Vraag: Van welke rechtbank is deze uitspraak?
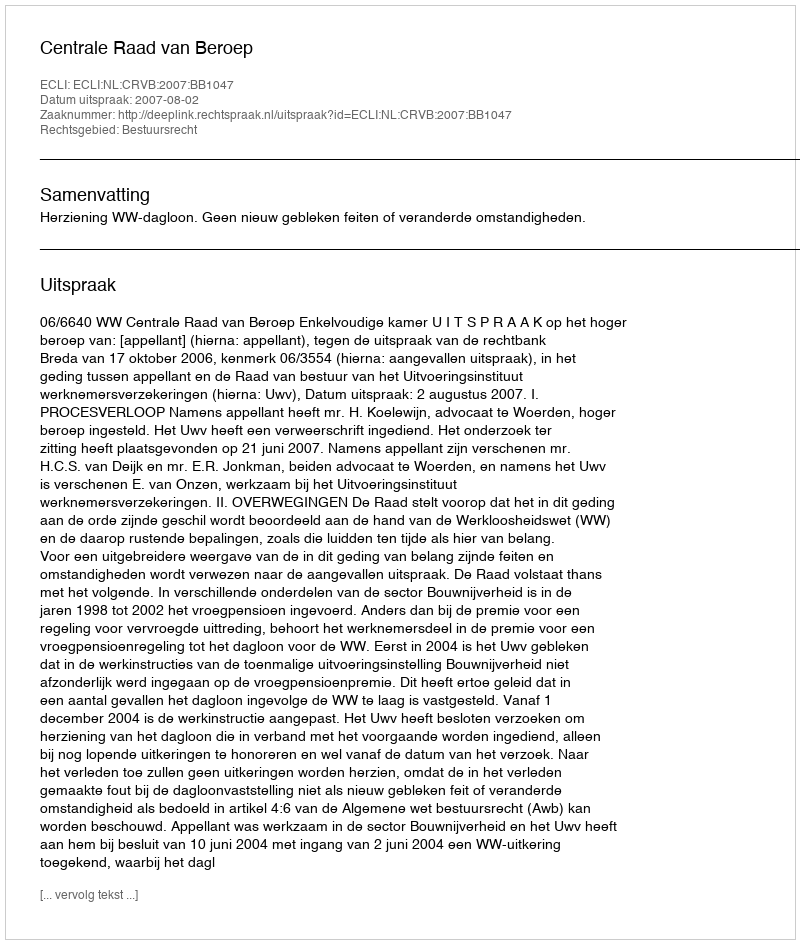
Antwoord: Centrale Raad van Beroep